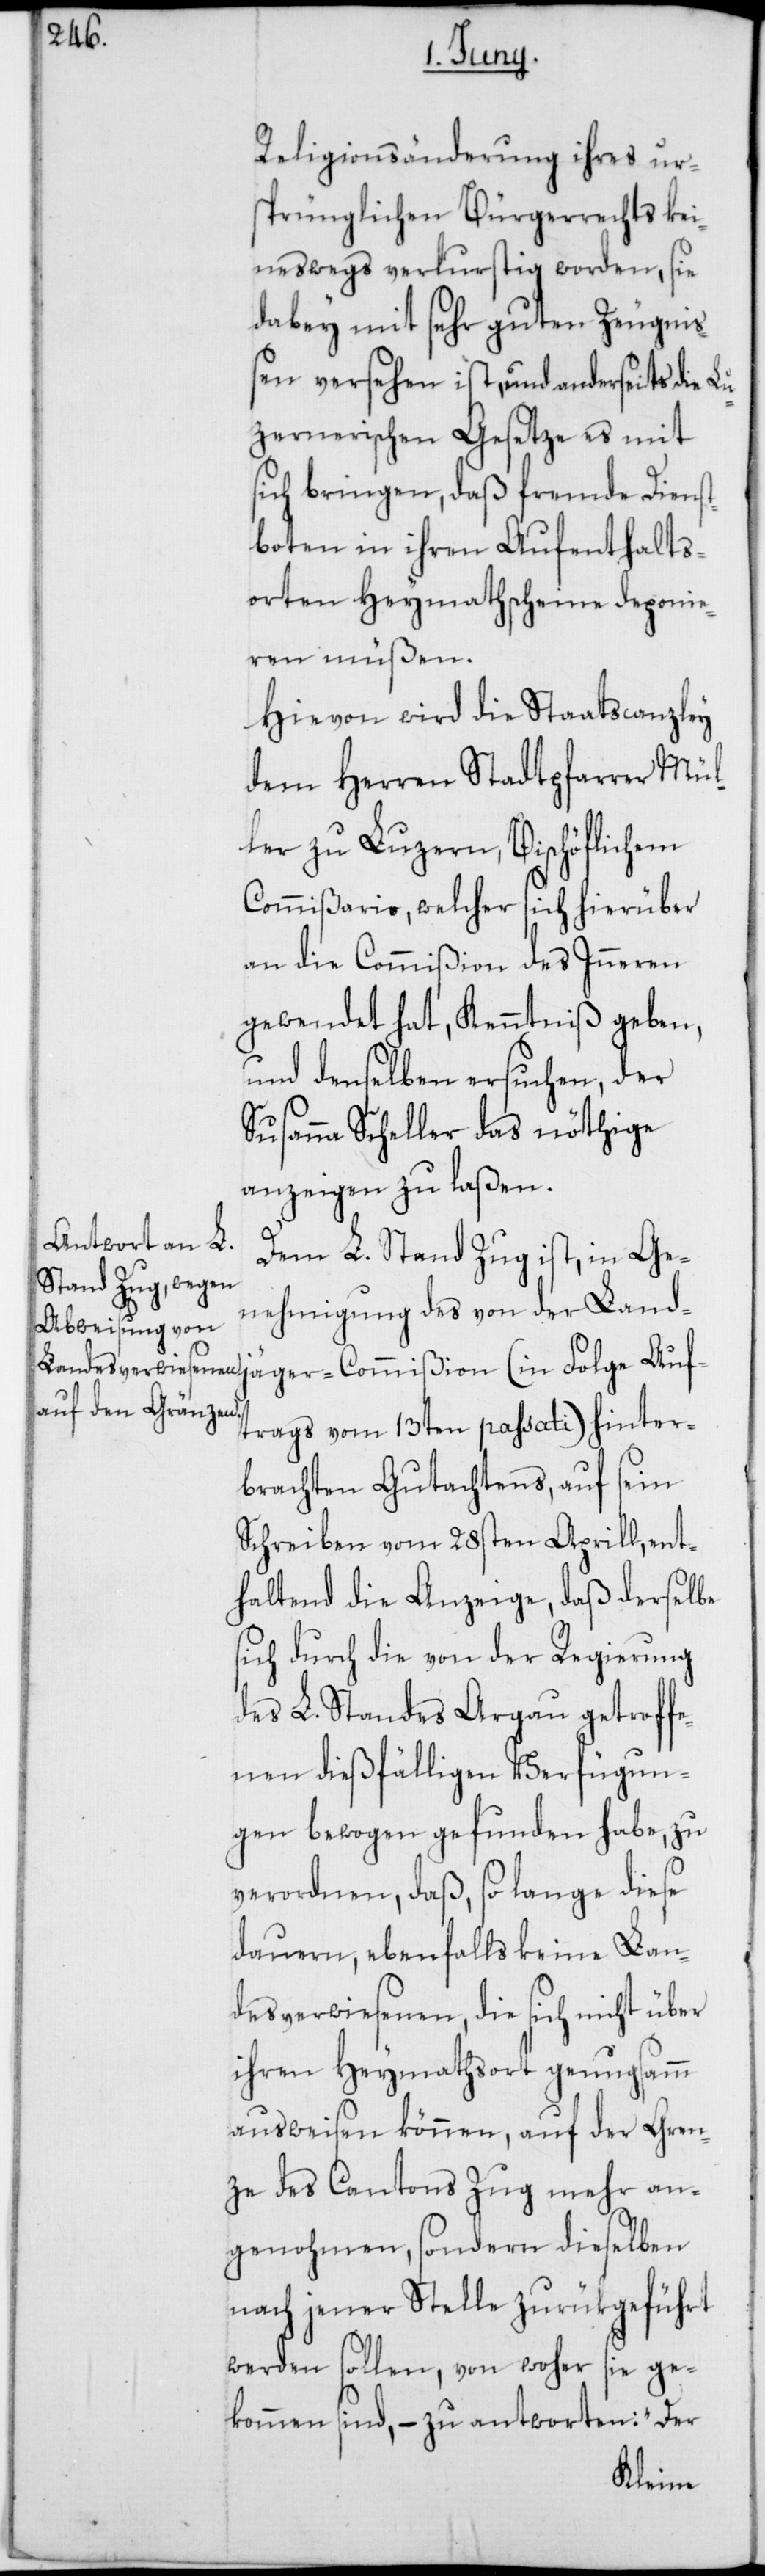
Auf¬
Religionsänderung ihres ur¬
sprünglichen Bürgerrechts kei¬
neswegs verlustig worden, sie
dabey mit sehr guten Zeugni¬
ßen versehen ist, und anderseits die L¬
uzernerischen Gesetze es mit
sich bringen, daß fremde Dienst¬
boten in ihren Aufenthalts¬
orten Heymathscheine deponie¬
ger-Commißion
Hievon wird die Staatscanzley
dem Herren Stadtpfarrer Mül¬
ler zu Luzern, Bischöflichem
Commißario, welcher sich hierüber
an die Commißion des Inneren
gewendet hat, Kenntniß geben,
und denselben ersuchen, der
Susanna Scheller das nöthige
anzeigen zu laßen.
Dem L. Stand Zug ist, in Ge¬
nehmigung des von der Landjä¬
trags vom 13ten passati) hinter¬
brachten Gutachtens, auf sein
Schreiben vom 28sten Aprill, ent¬
haltend die Anzeige, daß derselbe
sich durch die von der Regierung
des L. Standes Argau getroff¬
enen dießfälligen Verfügun¬
gen bewogen gefunden habe, zu
verordnen, daß, so lange diese
dauern, ebenfalls keine Lan¬
desverwiesenen, die sich nicht über
ihren Heymathsort genugsamm
ausweisen können, auf der Gren¬
ze des Cantons Zug mehr an¬
genohmen, sondern dieselben
nach jener Stelle zurükgeführt
werden sollen, von wo sie ge¬
kommen sind, – zu antworten: „Der